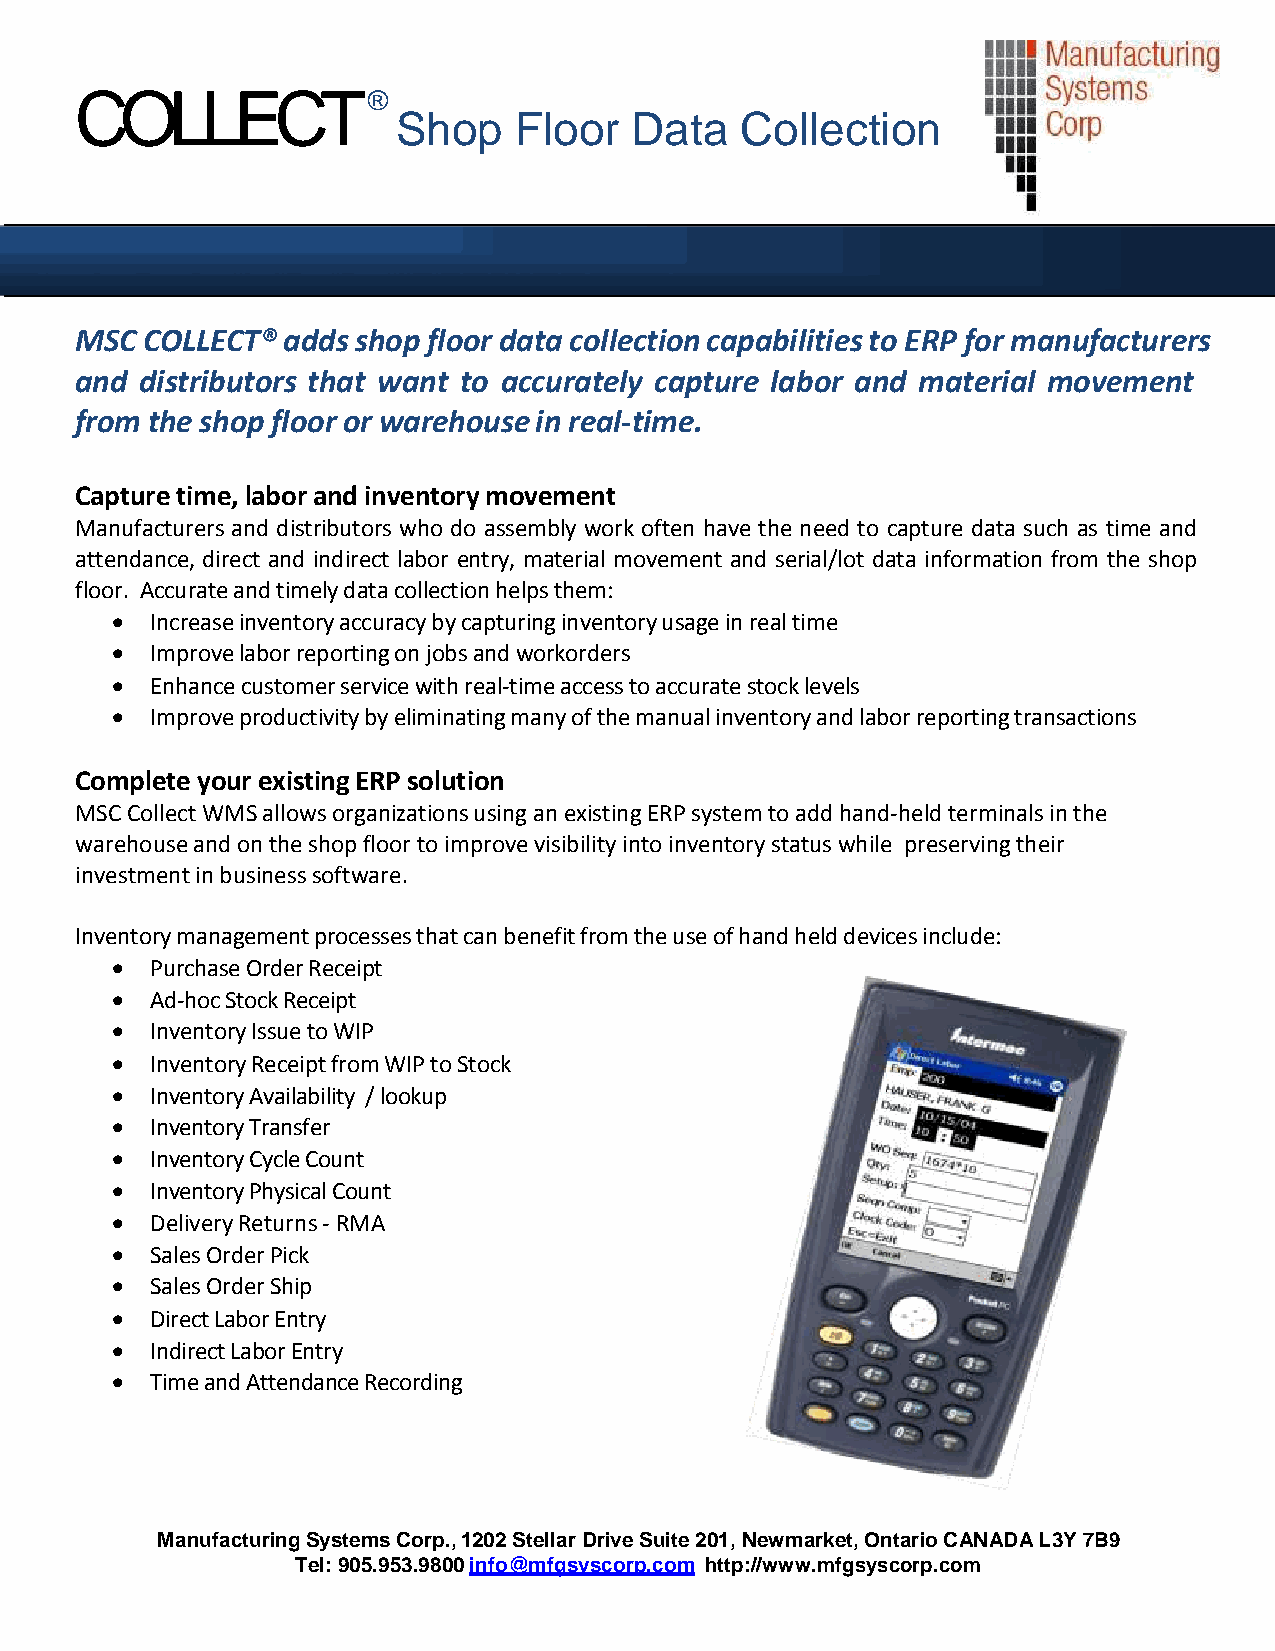
COLLECT®
 Shop    Floor   Data   Collection
 MSC COLLECT®  adds shop floor data collection capabilities to ERP for manufacturers
 and distributors that want to accurately capture labor and material movement
 from the shop floor or warehouse in real-time.
 Capture time, labor and inventory movement
 Manufacturers and distributors who do assembly work often have the need to capture data such as time and
 attendance, direct and indirect labor entry, material movement and serial/lot data information from the shop
 floor. Accurate and timely data collection helps them:
   Increase inventory accuracy by capturing inventory usage in real time
   Improve labor reporting on jobs and workorders
   Enhance customer service with real-time access to accurate stock levels
   Improve productivity by eliminating many of the manual inventory and labor reporting transactions
 Complete your existing ERP solution
 MSC Collect WMS allows organizations using an existing ERP system to add hand-held terminals in the
 warehouse and on the shop floor to improve visibility into inventory status while preserving their
 investment in business software.
 Inventory management processes that can benefit from the use of hand held devices include:
   Purchase Order Receipt
   Ad-hoc Stock Receipt
   Inventory Issue to WIP
   Inventory Receipt from WIP to Stock
   Inventory Availability / lookup
   Inventory Transfer
   Inventory Cycle Count
   Inventory Physical Count
   Delivery Returns - RMA
   Sales Order Pick
   Sales Order Ship
   Direct Labor Entry
   Indirect Labor Entry
   Time and Attendance Recording
 Manufacturing Systems Corp., 1202 Stellar Drive Suite 201, Newmarket, Ontario CANADA L3Y 7B9
 Tel: 905.953.9800 info@mfgsyscorp.com http://www.mfgsyscorp.com